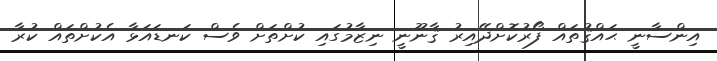
އިންސާނީ ޙައްޤުތައް ފޯރުކޮށްދޭއިރު ޤާނޫނީ ނިޒާމުގައި ކުށްތަށް ވެސް ކަނޑައަޅާ އެކުށްތައް ކުރާ